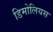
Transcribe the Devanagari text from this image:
डिमोलियस